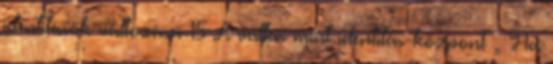
identitások változása 15 A vallás mint identitás-központ „ Ha